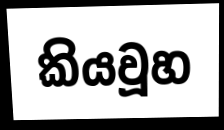
කියවූහ